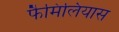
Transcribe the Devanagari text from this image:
फैमिलियास